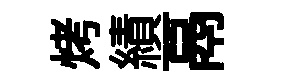
烤績鬲